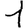
Digit: 1